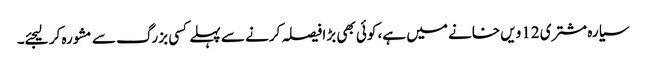
سیارہ مشتری 12ویں خانے میں ہے، کوئی بھی بڑا فیصلہ کرنے سے پہلے کسی بزرگ سے مشورہ کر لیجئے۔